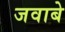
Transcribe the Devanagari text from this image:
जवाबे